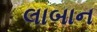
લાબાન